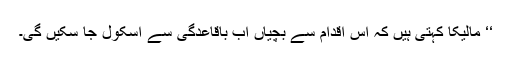
‘‘ مالیکا کہتی ہیں کہ اس اقدام سے بچیاں اب باقاعدگی سے اسکول جا سکیں گی۔